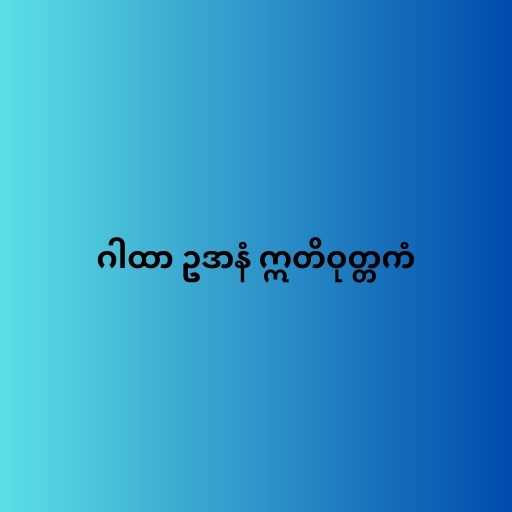
ဂါထာ ဥဒာနံ ဣတိဝုတ္တကံ